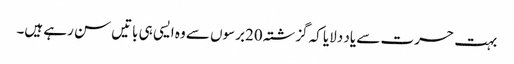
بہت حسرت سے یاد دلایا کہ گزشتہ 20برسوں سے وہ ایسی ہی باتیں سن رہے ہیں۔